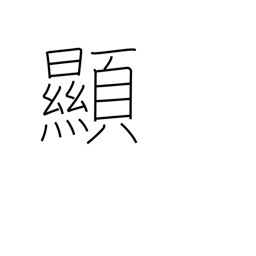
Meaning: evident